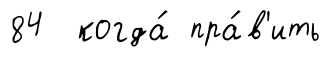
84 когда́ пра́в'ить